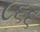
૮૬૬